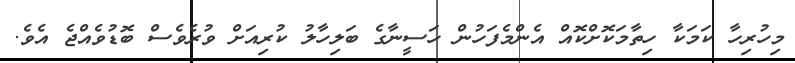
މިހުރިހާ ކަމަަކާ ހިތާމަަކޮށްކޮއް އެންމެފަހުން ހަސީނާގެ ބަަލިހާލު ކުރިއަށް ވުރެވެސް ބޮޑުވެއްޖެ އެވެ.